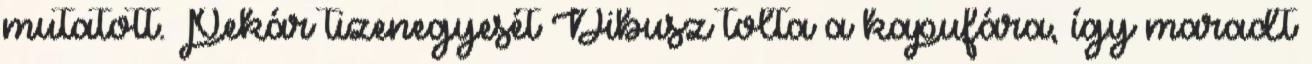
mutatott. Pekár tizenegyesét Dibusz tolta a kapufára, így maradt